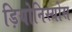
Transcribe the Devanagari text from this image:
ड़ियोनिस्योस